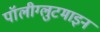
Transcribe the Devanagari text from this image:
पॉलीग्लुटमाइन